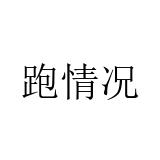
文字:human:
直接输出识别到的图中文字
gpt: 跑情况